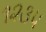
૧૨૩૫